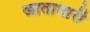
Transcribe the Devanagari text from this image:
खाताधारी